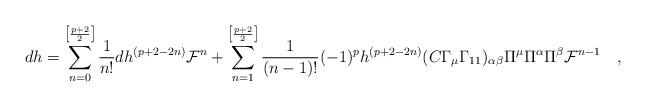
LaTeX: \begin{align*}dh=\sum_{n=0}^{\left[\frac{p+2}{2}\right]}\frac{1}{n!}dh^{(p+2-2n)} {\cal F}^n +\sum_{n=1}^{\left[\frac{p+2}{2}\right]}\frac{1}{(n-1)!} (-1)^p h^{(p+2-2n)}(C\Gamma_\mu\Gamma_{11})_{\alpha\beta}\Pi^\mu \Pi^\alpha\Pi^\beta {\cal F}^{n-1}\quad , \end{align*}